Relation of titanus [i.e. tetanus] to the hypodermic or intramuscular injection of quinine - Number 43
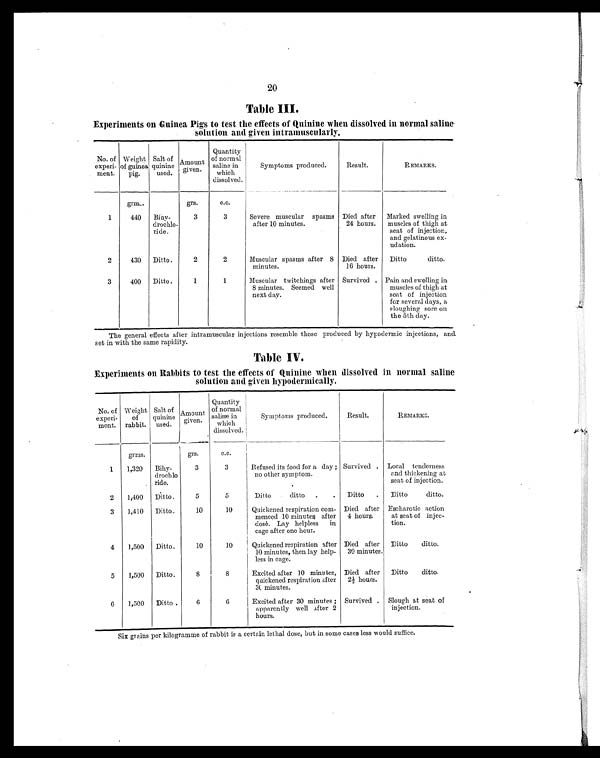
20
Table III.
Experiments on Guinea Pigs to test the effects of quinine when dissolved in normal saline
solution and given intramuscularly.
No. of
experi
ment.
Weight
of guinea
pig.
Salt of
quinin
e used.
Amount
given.
Quantity
of normal
saline in
which
dissolved.
Symptoms produced.
Result.
REMARKS.
grms.
grs.
c.c.
1
440 Bihy
drochlo
ride.
3
3
Severe muscular spasms
after 10 minutes.
Died after
24 hours.
Marked swelling in
muscles of thigh at
seat of injection,
and gelatinous ex
udation.
2
430 Ditto.
2
2
Muscular spasms after 8
minutes.
Died after
16 hours.
Ditto ditto.
3
400 Ditto.
1
1
Muscular twitchings after
8 minutes. Seemed well
next day.
Survived. Pain and swelling in
muscles of thigh at
seat of injection
for several days, a
sloughing sore on
the 5th day.
The general effects after intramuscular injections resemble those produced by hypodermic injections, and
set in with the same rapidity.
Table IV.
Experiments on Rabbits to test the effects of Quinine when dissolved in normal saline
solution and given hypodermically.
No. of
experi
meat.
Weight
of
rabbit.
Salt of
quinine
used.
Amount
given.
Quantity
of normal
saline in
which
dissolved.
Symptoms produced.
Result.
REMARKS.
grms.
grs.
c.c.
1 1,320 Bihy
drochlo
ride.
3
3
Refused its food for a day ;
no other symptom.
Survived . Local tenderness
and thickening at
seat of injection.
2 1,400 Ditto.
5
5
Ditto ditto .
. Ditto . Ditto ditto.
3 1,410 Ditto.
10
10
Quickened respiration com
menced 10 minutes after
dosé. Lay helpless in
cage after one hour.
Died after
4 hours.
Escarotic action
at seat of injec
tion.
4 1,500 Ditto.
10
10
Quickened respiration after
10 minutes, then lay help
less in cage.
Died after
30 minutes.
Ditto ditto.
5 1,500 Ditto.
8
8
Excited after 10 minutes,
quickened respiration after
30 minutes.
Died after
2½ hours.
Ditto ditto.
6 1,500 Ditto.
6
6
Excited after 30 minutes ;
apparently well After 2
hours.
Survived . Slough at seat of
injection.
Six grains per kilogramme of rabbit is a certain lethal dose, but in some cases less would suffice.